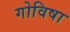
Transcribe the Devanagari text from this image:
गोविषा